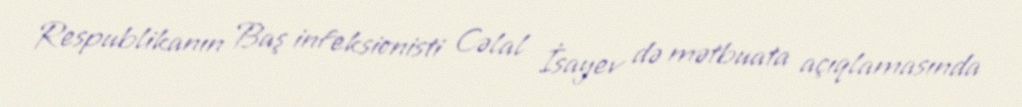
Respublikanın Baş infeksionisti Cəlal İsayev də mətbuata açıqlamasında